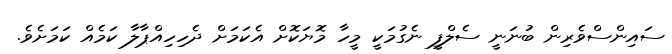
ސައިންސްވެރިން ބުނަނީ ސެލްފީ ނެގުމަކީ މީހާ މޮޔަކޮށް އެކަމަށް ދެހިހިއްޕާލާ ކަމެއް ކަމަށެވެ.